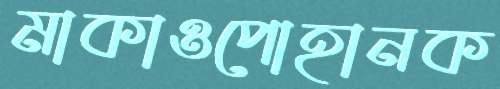
মাকাওপোহানক